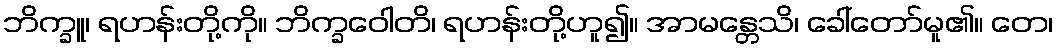
ဘိက္ခူ၊ ရဟန်းတို့ကို။ ဘိက္ခဝေါတိ၊ ရဟန်းတို့ဟူ၍။ အာမန္တေသိ၊ ခေါ်တော်မူ၏။ တေ၊